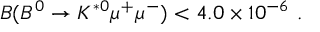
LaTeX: { \cal B } ( B ^ { 0 } \to K ^ { * 0 } \mu ^ { + } \mu ^ { - } ) < 4 . 0 \times 1 0 ^ { - 6 } ~ .